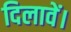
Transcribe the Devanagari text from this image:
दिलावें।